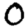
Digit: 0